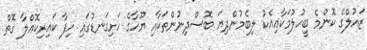
ޒައުލްގެ ކޮންމެ ބީހުލުމަކާއިއެކު ލިބެމުންދިޔަ ބޮސްދިނުންތަކާއި ޔޫހާގެ ހަށިގަނޑުގައި ހިފާ ކައިރިކޮއްލާ ގޮތް